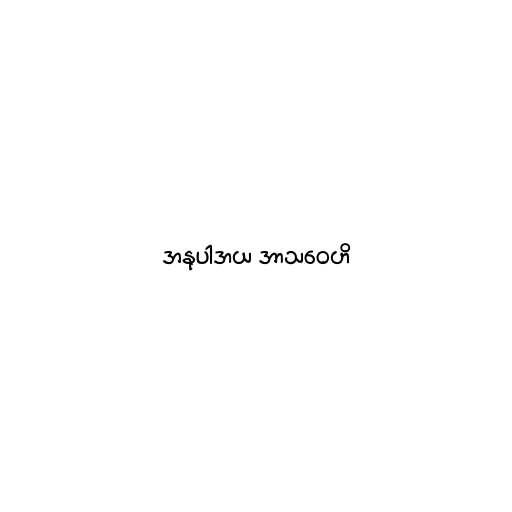
အနုပါဒာယ အာသဝေဟိ